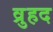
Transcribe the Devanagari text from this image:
व्रुहद